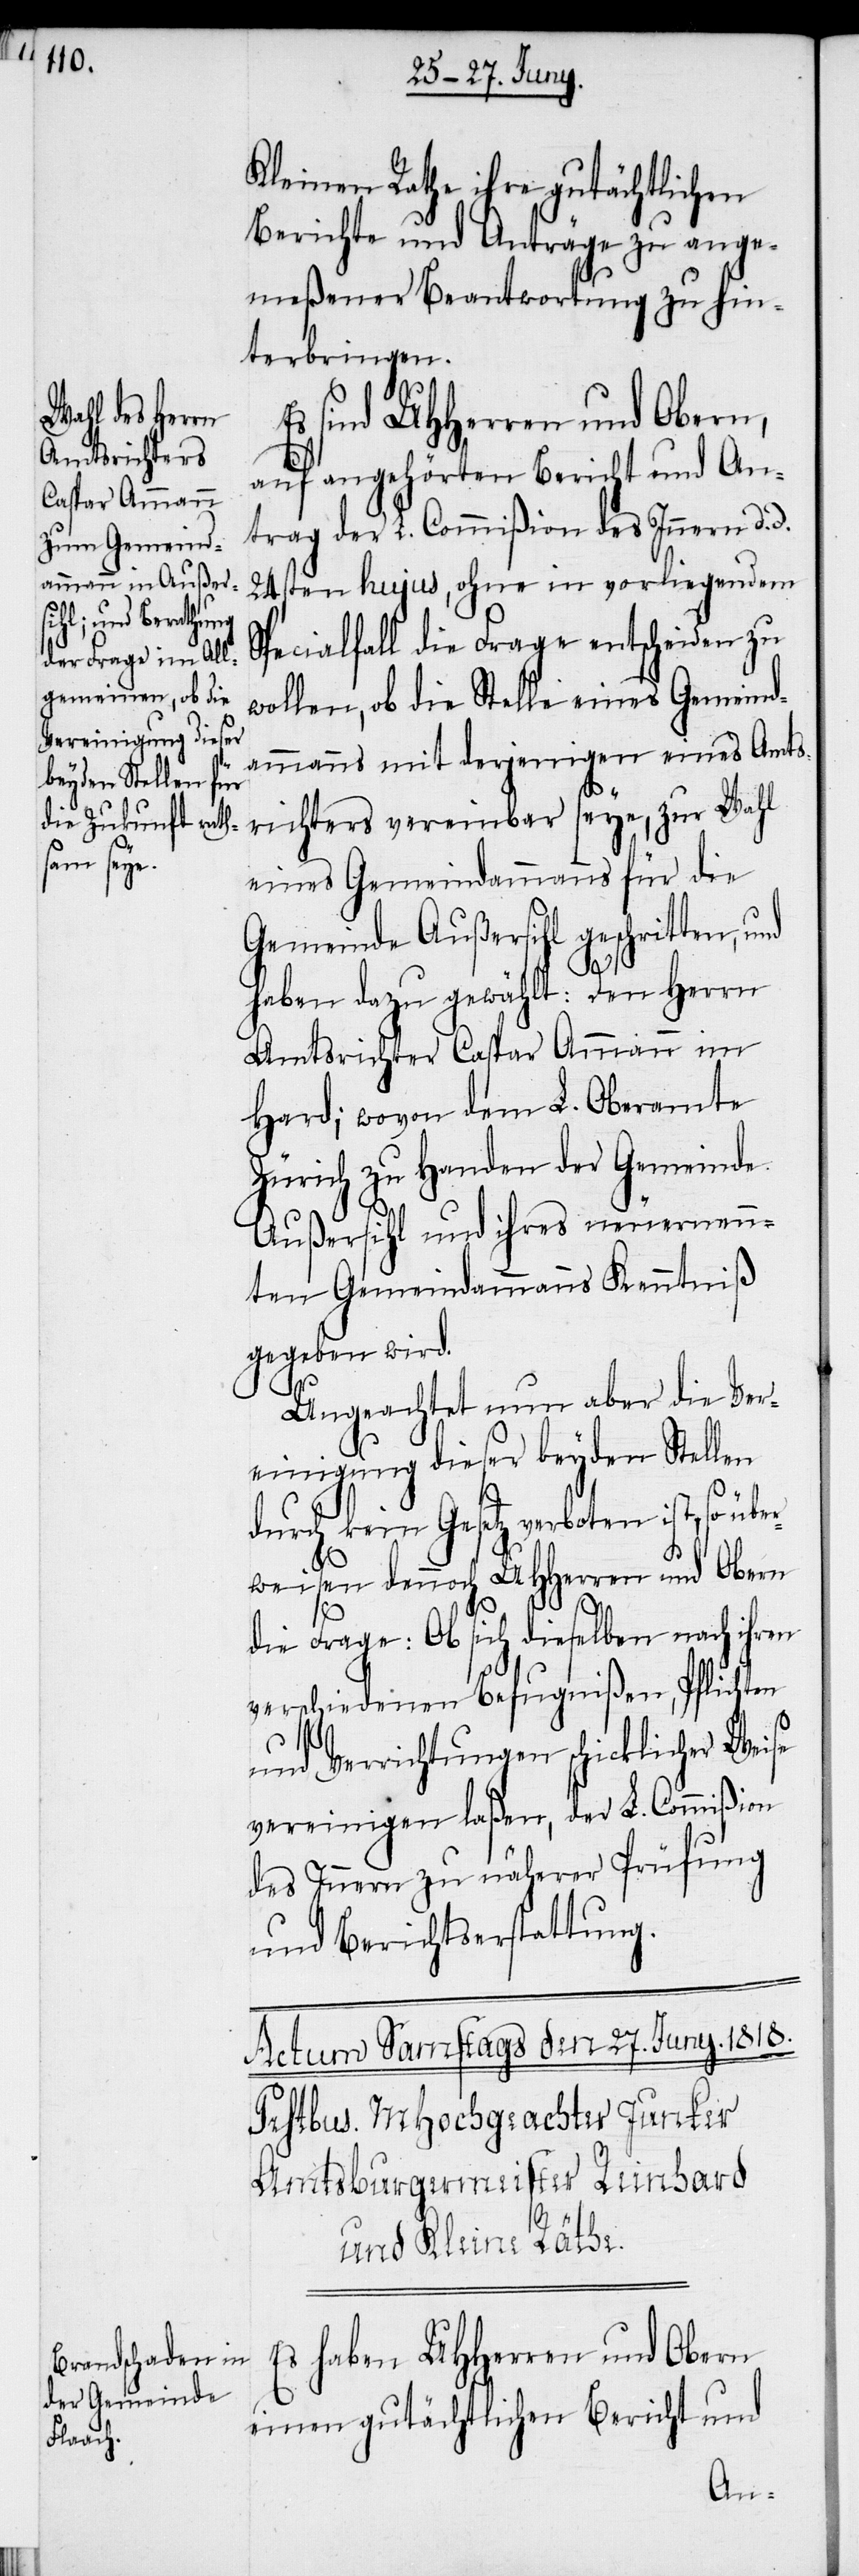
Kleinen Rathe ihre gutächtlichen
Berichte und Anträge zu ange¬
meßener Beantwortung zu hin¬
terbringen.
sind UHHerren und Obern,
auf angehörten Bericht und An¬
trag der L. Commißion des Innern d. d.
24sten hujus, ohne in vorliegendem
Specialfall die Frage entscheiden zu
wollen, ob die Stelle eines Gemeind¬
ammanns mit derjenigen eines Amts¬
richters vereinbar seye, zur Wahl
eines Gemeindammanns für die
Gemeinde Außersihl geschritten, und
haben dazu gewählt: den Herrn
Amtsrichter Caspar Ammann im
Hard; wovon dem L. Oberamte
Zürich zu Handen der Gemeinde
Außersihl und ihres neuernenn¬
ten Gemeindammanns Kenntniß
gegeben wird.
Ungeachtet nun aber die Ver¬
einigung dieser beyden Stellen
durch kein Gesetz verboten ist,
weisen dennoch UHHerren und Obern
so über¬
die Frage: Ob sich dieselben nach ihren
verschiedenen Befugnißen, Pflichten
und Verrichtungen schicklicher Weise
vereinigen laßen, der L. Commißion
des Innern zu näherer Prüfung
und Berichtserstattung.
Es haben UHHerren und Obern
einen gutächtlichen Bericht und